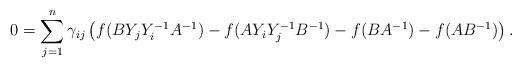
LaTeX: \begin{align*} 0&=\sum_{j=1}^n \gamma_{ij} \left(f(BY_jY_i^{-1}A^{-1}) - f(AY_iY_j^{-1}B^{-1}) - f(BA^{-1})-f(AB^{-1})\right). \end{align*}